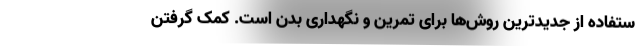
ستفاده از جدیدترین روش‌ها برای تمرین و نگهداری بدن است. کمک گرفتن